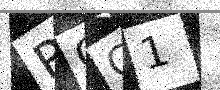
Text: ROC1